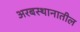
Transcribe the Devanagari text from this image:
अरबस्थानातील